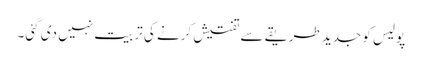
پولیس کو جدید طریقے سے تفتیش کرنے کی تربیت نہیں دی گئی۔